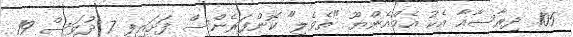
105 ދިރާސާއާ އެކު އެމްއެންޔޫ "ތެވެލި" ކޮންފަރެންސް ފަށައިފި 7 ދުވަސް 19